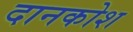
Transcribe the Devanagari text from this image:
दानकोश